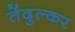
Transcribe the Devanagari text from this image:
तेंदुल्कर